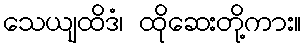
သေယျထိဒံ၊ ထိုဆေးတို့ကား။